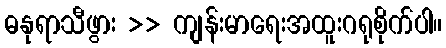
ဓနုရာသီဖွား >> ကျန်းမာရေးအထူးဂရုစိုက်ပါ။